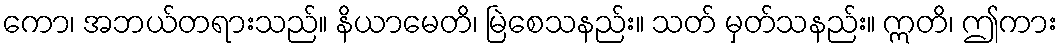
ကော၊ အဘယ်တရားသည်။ နိယာမေတိ၊ မြဲစေသနည်း။ သတ် မှတ်သနည်း။ ဣတိ၊ ဤကား